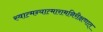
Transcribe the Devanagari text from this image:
स्वात्मन्यात्मारामनिरीक्षणात्